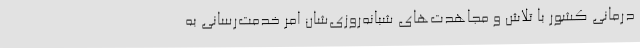
درمانی کشور با تلاش و مجاهدت‌های شبانه‌روزی‌شان امر خدمت‌رسانی به